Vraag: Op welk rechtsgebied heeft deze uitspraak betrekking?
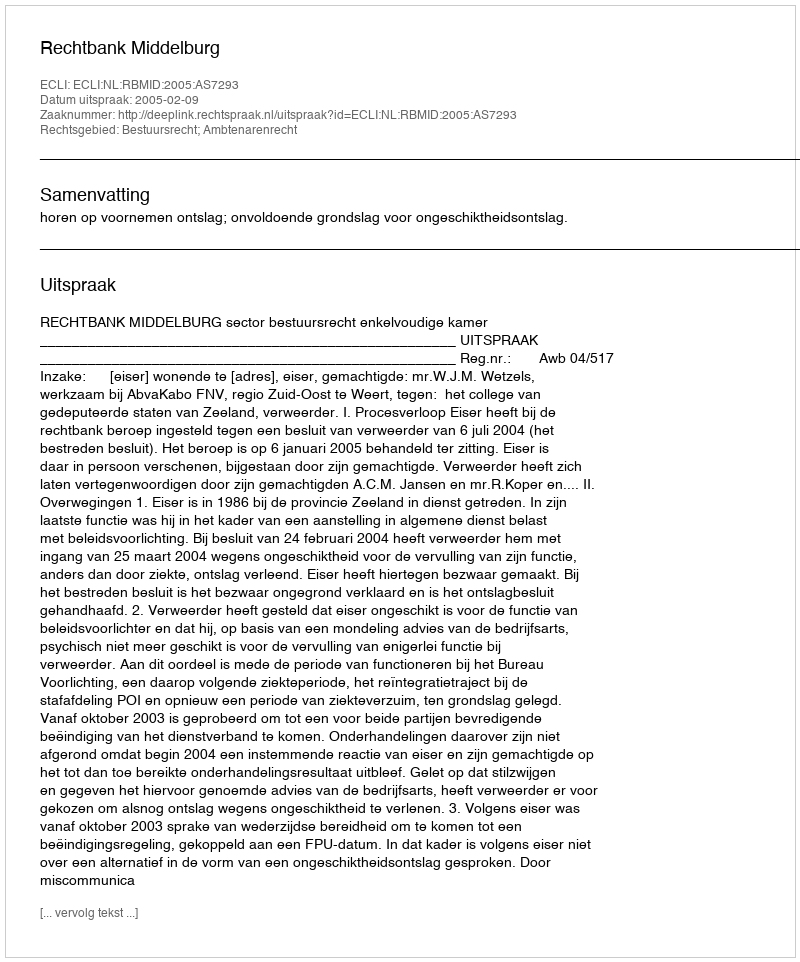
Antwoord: Bestuursrecht; Ambtenarenrecht